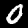
Digit: 0